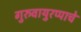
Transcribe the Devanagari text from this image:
गुरुवायुरप्पाचे